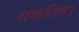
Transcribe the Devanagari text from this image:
संकेतित।